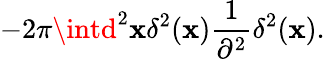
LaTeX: -2\pi\intd^{2}\mathbf{x}\delta^{2}(\mathbf{x}){\frac{{1}}{{\partial^{2}}}}\delta^{2}(\mathbf{x}).